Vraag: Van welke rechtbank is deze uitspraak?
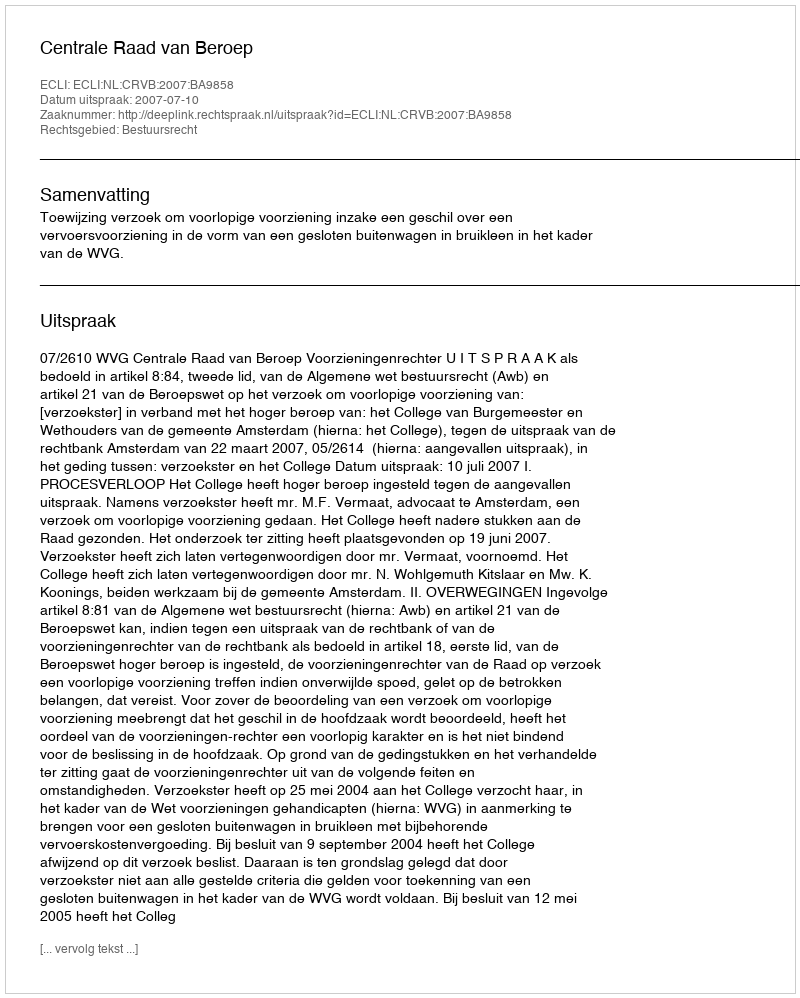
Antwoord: Centrale Raad van Beroep